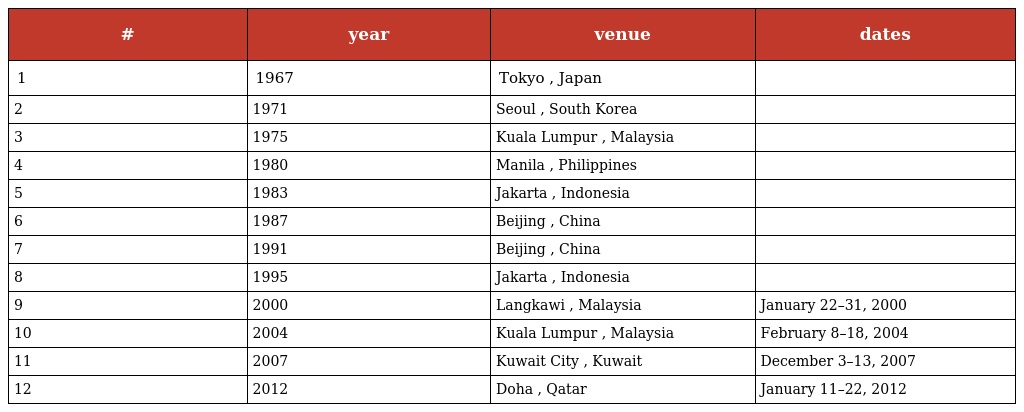
| # | year | venue | dates |
 | --- | --- | --- | --- |
 | 1 | 1967 | Tokyo , Japan |  |
 | 2 | 1971 | Seoul , South Korea |  |
 | 3 | 1975 | Kuala Lumpur , Malaysia |  |
 | 4 | 1980 | Manila , Philippines |  |
 | 5 | 1983 | Jakarta , Indonesia |  |
 | 6 | 1987 | Beijing , China |  |
 | 7 | 1991 | Beijing , China |  |
 | 8 | 1995 | Jakarta , Indonesia |  |
 | 9 | 2000 | Langkawi , Malaysia | January 22–31, 2000 |
 | 10 | 2004 | Kuala Lumpur , Malaysia | February 8–18, 2004 |
 | 11 | 2007 | Kuwait City , Kuwait | December 3–13, 2007 |
 | 12 | 2012 | Doha , Qatar | January 11–22, 2012 |